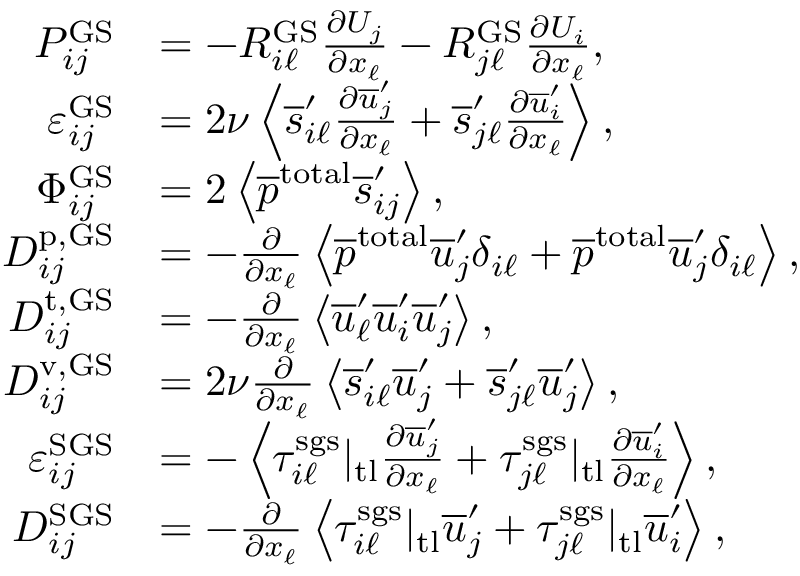
\begin{array} { r l } { P _ { i j } ^ { \mathrm { G S } } } & { = - R _ { i \ell } ^ { \mathrm { G S } } \frac { \partial U _ { j } } { \partial x _ { \ell } } - R _ { j \ell } ^ { \mathrm { G S } } \frac { \partial U _ { i } } { \partial x _ { \ell } } , } \\ { \varepsilon _ { i j } ^ { \mathrm { G S } } } & { = 2 \nu \left< \overline { { s } } _ { i \ell } ^ { \prime } \frac { \partial \overline { { u } } _ { j } ^ { \prime } } { \partial x _ { \ell } } + \overline { { s } } _ { j \ell } ^ { \prime } \frac { \partial \overline { { u } } _ { i } ^ { \prime } } { \partial x _ { \ell } } \right> , } \\ { \Phi _ { i j } ^ { \mathrm { G S } } } & { = 2 \left< \overline { { p } } ^ { \mathrm { t o t a l } } \overline { { s } } _ { i j } ^ { \prime } \right> , } \\ { D _ { i j } ^ { \mathrm { p , G S } } } & { = - \frac { \partial } { \partial x _ { \ell } } \left< \overline { { p } } ^ { \mathrm { t o t a l } } \overline { { u } } _ { j } ^ { \prime } \delta _ { i \ell } + \overline { { p } } ^ { \mathrm { t o t a l } } \overline { { u } } _ { j } ^ { \prime } \delta _ { i \ell } \right> , } \\ { D _ { i j } ^ { \mathrm { t , G S } } } & { = - \frac { \partial } { \partial x _ { \ell } } \left< \overline { { u } } _ { \ell } ^ { \prime } \overline { { u } } _ { i } ^ { \prime } \overline { { u } } _ { j } ^ { \prime } \right> , } \\ { D _ { i j } ^ { \mathrm { v , G S } } } & { = 2 \nu \frac { \partial } { \partial x _ { \ell } } \left< \overline { { s } } _ { i \ell } ^ { \prime } \overline { { u } } _ { j } ^ { \prime } + \overline { { s } } _ { j \ell } ^ { \prime } \overline { { u } } _ { j } ^ { \prime } \right> , } \\ { \varepsilon _ { i j } ^ { \mathrm { S G S } } } & { = - \left< \tau _ { i \ell } ^ { \mathrm { s g s } } | _ { \mathrm { t l } } \frac { \partial \overline { { u } } _ { j } ^ { \prime } } { \partial x _ { \ell } } + \tau _ { j \ell } ^ { \mathrm { s g s } } | _ { \mathrm { t l } } \frac { \partial \overline { { u } } _ { i } ^ { \prime } } { \partial x _ { \ell } } \right> , } \\ { D _ { i j } ^ { \mathrm { S G S } } } & { = - \frac { \partial } { \partial x _ { \ell } } \left< \tau _ { i \ell } ^ { \mathrm { s g s } } | _ { \mathrm { t l } } \overline { { u } } _ { j } ^ { \prime } + \tau _ { j \ell } ^ { \mathrm { s g s } } | _ { \mathrm { t l } } \overline { { u } } _ { i } ^ { \prime } \right> , } \end{array}